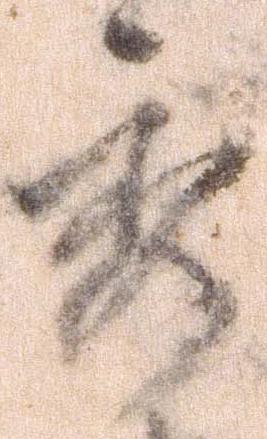
秀